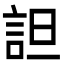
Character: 詚